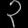
Digit: ၃